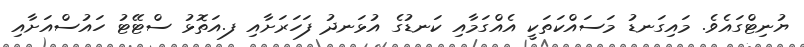
ޔުނިޓްގައެވެ. މައިގަނޑު މަސައްކަތަކީ އެއްގަމާއި ކަނޑުގެ އުޅަނދު ފަހަރަށާއި ފ.އަތޮޅު ސްޓޭޓު ހައުސްއަށާއި